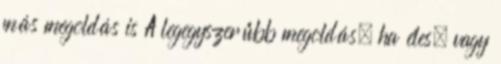
más megoldás is A legegyszerűbb megoldás, ha éles, vagy